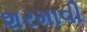
શરમાવી